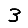
Digit: 3